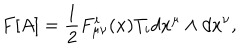
F [ A ] = \frac { 1 } { 2 } F _ { \mu \nu } ^ { i } ( x ) T _ { i } d x ^ { \mu } \wedge d x ^ { \nu } ,